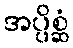
အပ္ပိစ္ဆံ